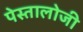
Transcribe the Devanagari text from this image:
पेस्तालोजी